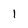
Character: 1